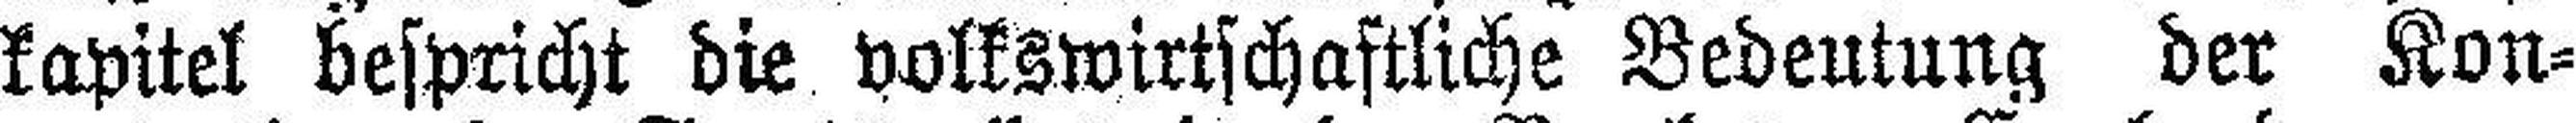
kapitel bespricht die volkswirtschaftliche Bedeutung der Kon¬